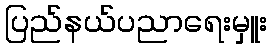
ပြည်နယ်ပညာရေးမှူး